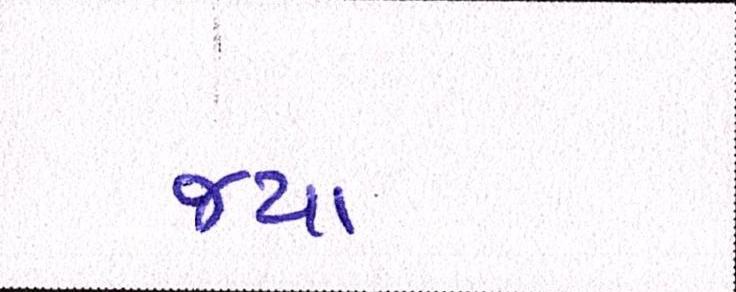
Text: જયા